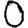
Digit: 0